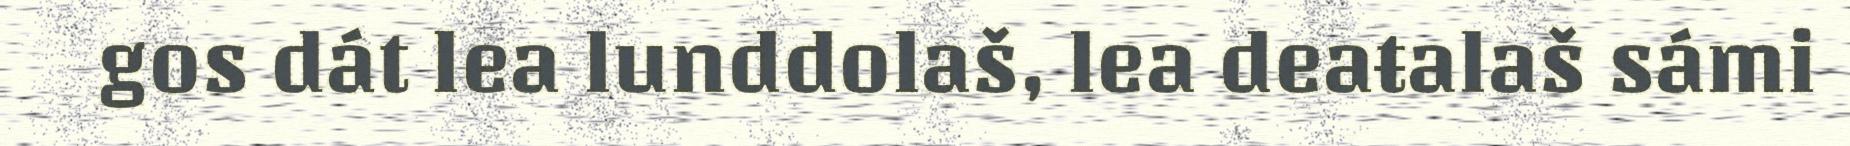
gos dát lea lunddolaš, lea deaŧalaš sámi